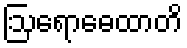
ဩရောဓေထာတိ